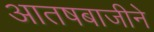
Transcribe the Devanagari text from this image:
आतषबाजीने